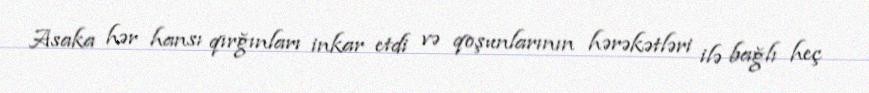
Asaka hər hansı qırğınları inkar etdi və qoşunlarının hərəkətləri ilə bağlı heç